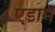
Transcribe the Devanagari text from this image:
एडाम